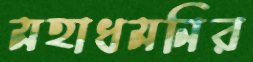
মহাধমনির